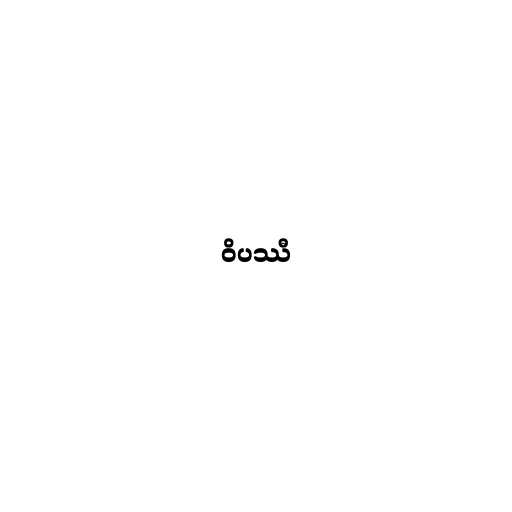
ဝိပဿီ